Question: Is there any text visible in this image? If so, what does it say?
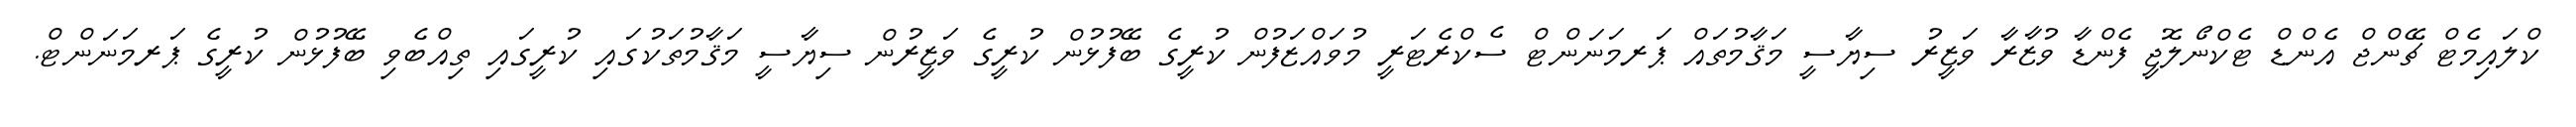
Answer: ކްލައިމެޓް ޗޭންޖް އެންޑް ޓެކްނޯލޮޖީ ފެންޑާ ވުޒާރާ ވަޒީރު ސިޔާސީ މަޤާމުތައް ޕަރމަނަންޓް ސެކްރެޓަރީ މުވައްޒަފުން ކުރީގެ ބޭފުޅުން ކުރީގެ ވަޒީރުން ސިޔާސީ މަޤާމުތަކުގައި ކުރީގައި ތިއްބެވި ބޭފުޅުން ކުރީގެ ޕަރމަނަންޓް.